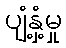
ပျံ့နှံ့မှု